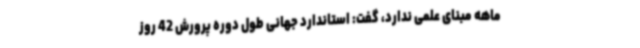
ماهه مبنای علمی ندارد، گفت: استاندارد جهانی طول دوره پرورش 42 روز